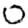
Digit: 0